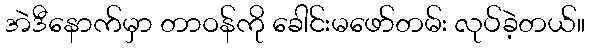
အဲဒီနောက်မှာ တာဝန်ကို ခေါင်းမဖော်တမ်း လုပ်ခဲ့တယ်။